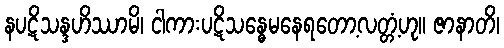
နပဋိသန္ဒဟိဿာမိ၊ ငါကားပဋိသန္ဓေမနေရတော့လတ္တံ့ဟု။ ဇာနာတိ၊